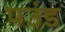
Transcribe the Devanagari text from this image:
पउंड